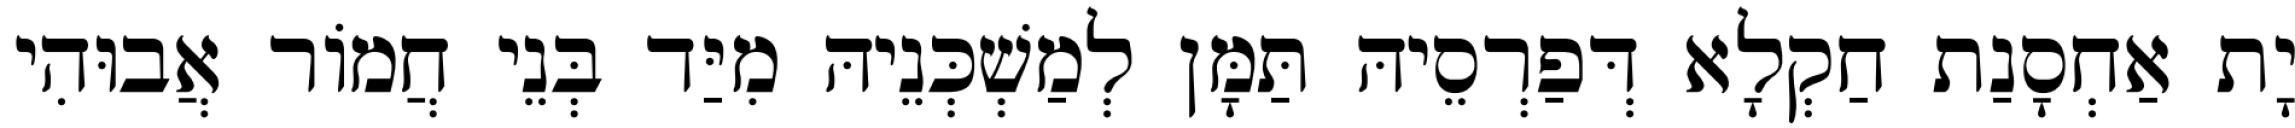
יָת אַחְסָנַת חַקְלָא דְּפַרְסֵיהּ תַּמָּן לְמַשְׁכְּנֵיהּ מִיַּד בְּנֵי חֲמוֹר אֲבוּהִי